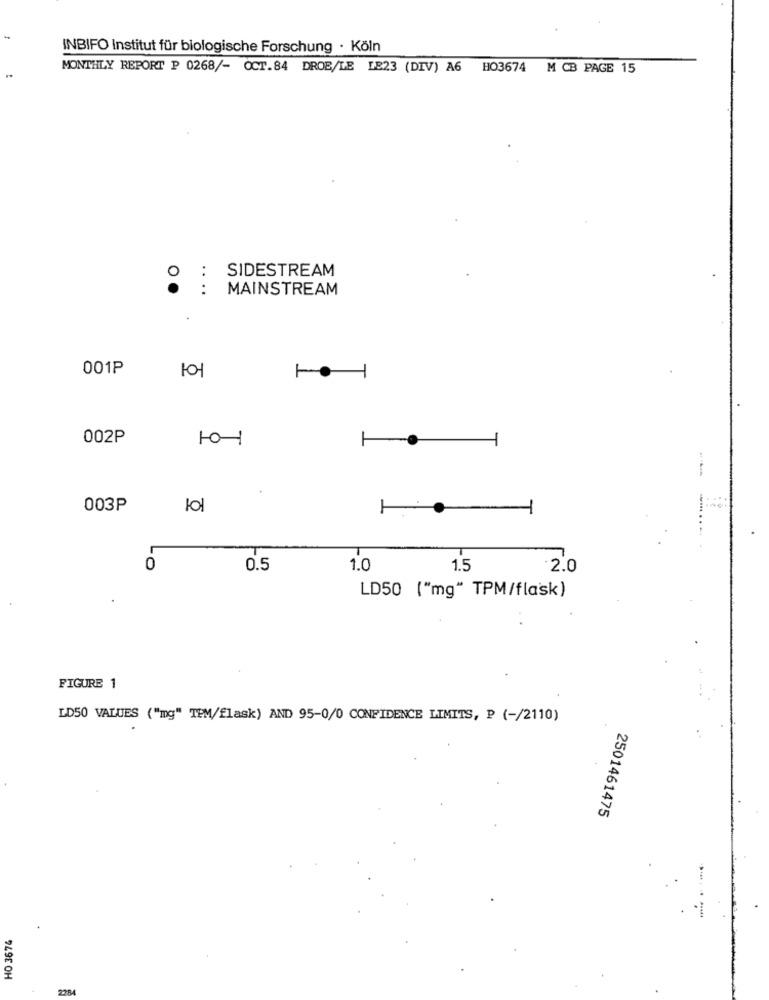
-
INBIFO Institut für biologische Forschung · Köln
MONTHLY REPORT P 0268/- OCT.84 DROE/LE LE23 (DIV) A6 HO3674 M CB PAGE 15
SIDESTREAM
. :
:
MAINSTREAM
001P
002P
003P
101
1
0
0.5
1.0
1.5
.2.0
LD50 ("mg" TPM/flask)
FIGURE 1
LD50 VALUES ("mg" TPM/flask) AND 95-0/0 CONFIDENCE LIMITS, P (-/2110)
2501461475
HO 3674
2284